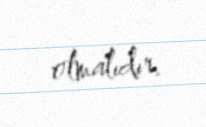
olmalıdır.